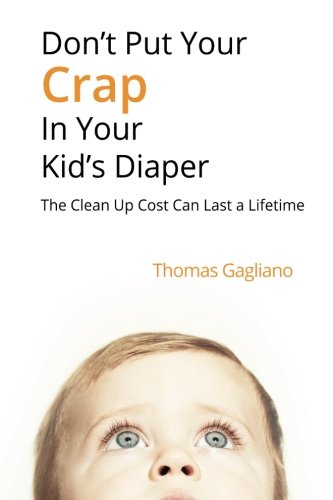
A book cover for Don't Put Your Crap in Your Kid's Diaper: The Clean Up Cost Can Last a Lifetime; Thomas Gagliano; Parenting & Relationships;